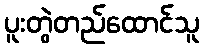
ပူးတွဲတည်ထောင်သူ